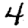
Digit: 4